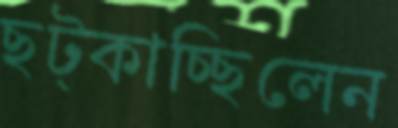
ছট্‌কাচ্ছিলেন